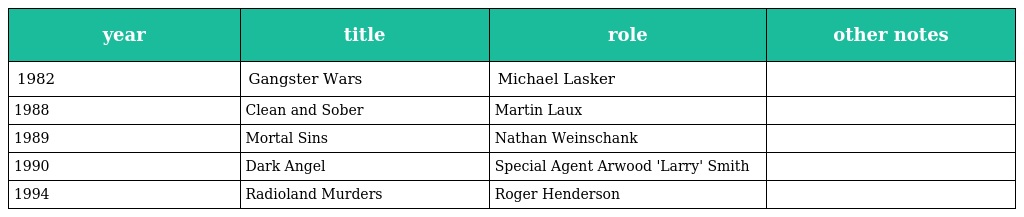
| year | title | role | other notes |
 | --- | --- | --- | --- |
 | 1982 | Gangster Wars | Michael Lasker |  |
 | 1988 | Clean and Sober | Martin Laux |  |
 | 1989 | Mortal Sins | Nathan Weinschank |  |
 | 1990 | Dark Angel | Special Agent Arwood 'Larry' Smith |  |
 | 1994 | Radioland Murders | Roger Henderson |  |